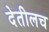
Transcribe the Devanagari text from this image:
देतीलच